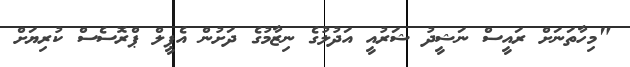
"މިހާތަނަށް ރައީސް ނަޝީދު ޝަރުއީ އަދުލުގެ ނިޒާމުގެ ދަށުން އެޕީލް ޕްރޮސެސް ކުރިޔަށް